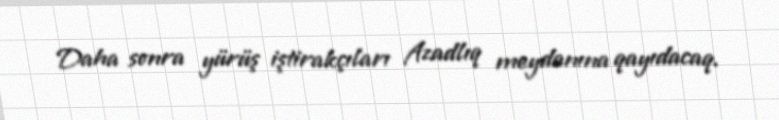
Daha sonra yürüş iştirakçıları Azadlıq meydanına qayıdacaq.